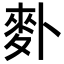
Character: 𪋿